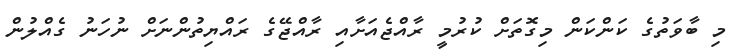
މި ބާވަތުގެ ކަންކަން މިގޮތަށް ކުރުމީ ރާއްޖެއަށާއި ރާއްޖޭގެ ރައްޔިތުންނަށް ނުހަނު ގެއްލުން